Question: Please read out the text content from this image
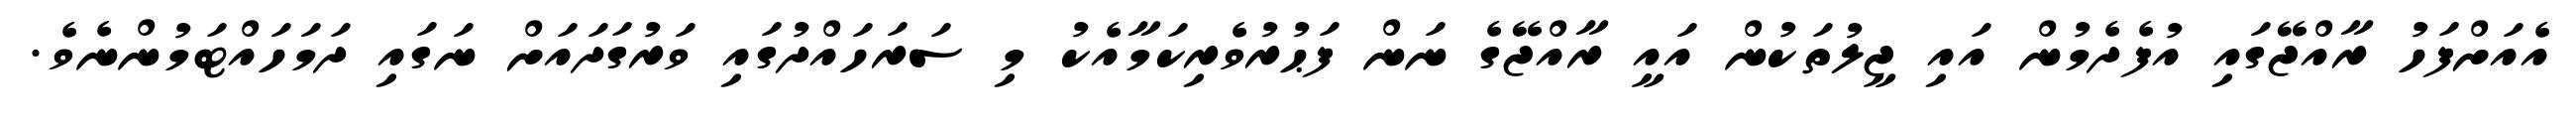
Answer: އެއަށްފަހު ރާއްޖޭގައި އުފެދެމުން އައި ޖީލުތަކުން އައީ ރާއްޖޭގެ ނަން ފަޙުރުވެރިކަމާއެކު މި ސަރަހައްދުގައި ވަރުގަދައަށް ނަގައި ދަމަހައްޓަމުންނެވެ.